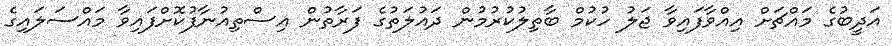
އަދީބުގެ މައްޗަށް އިއްވާފައިވާ ޖަލު ހުކުމް ބާތިލުކުރުމުން ދައުލަތުގެ ފަރާތުން އިސްތިއުނާފުކޮށްފައިވާ މައްސަލައިގެ